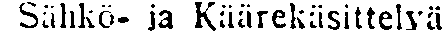
Sähkö- ia Käärekäsittelyä